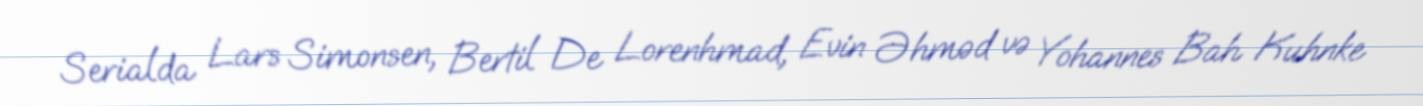
Serialda Lars Simonsen, Bertil De Lorenhmad, Evin Əhməd və Yohannes Bah Kuhnke